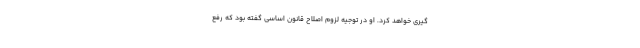
گیری خواهد کرد. او در توجیه لزوم اصلاح قانون اساسی گفته بود که رفع